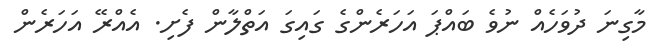
މާގިނަ ދުވަހެއް ނުވެ ބައްޕަ އަހަރެންގެ ގައިގަ އަތްލާން ފެށި. އެއްރޭ އަހަރެން